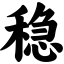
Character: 稳